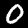
Label: 0